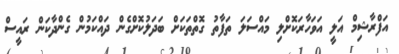
އަފްރާޝިމް އަލީ އަވަހާރަކޮށްލި މައްސަލަ ތަފާތު ގޮތްތަކަށް ބަދަލުކޮށްގެން ދައްކަމުން ގެންދާކަން ރައީސް